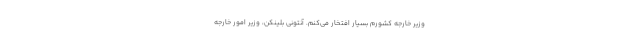
وزیر خارجه کشورم بسیار افتخار می‌کنم. آنتونی بلینکن، وزیر امور خارجه